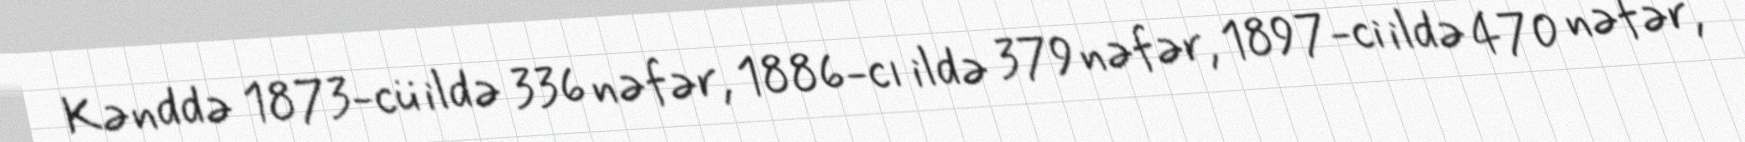
Kənddə 1873-cü ildə 336 nəfər, 1886-cı ildə 379 nəfər, 1897-ci ildə 470 nəfər,